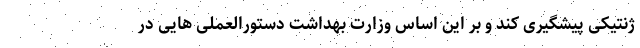
ژنتیکی پیشگیری کند و بر این اساس وزارت بهداشت دستورالعملی هایی در